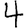
Digit: 4